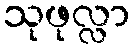
သုဖုလ္လာ